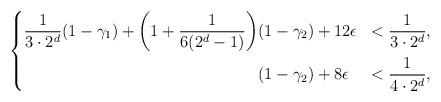
LaTeX: \begin{align*}\left\{\begin{aligned}\frac{1}{3 \cdot 2^d} (1-\gamma_1) + \bigg(1+\frac{1}{6(2^d-1)}\bigg) &(1- \gamma_2)+ 12 \epsilon &< \frac{1}{3 \cdot 2^d}, \\&(1-\gamma_2) + 8 \epsilon &< \frac{1}{4\cdot 2^d},\end{aligned}\right.\end{align*}